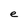
Character: e